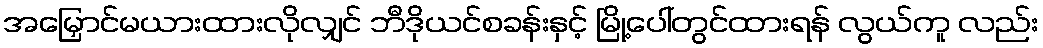
အမြှောင်မယားထားလိုလျှင် ဘီဒိုယင်စခန်းနှင့် မြို့ပေါ်တွင်ထားရန် လွယ်ကူ လည်း